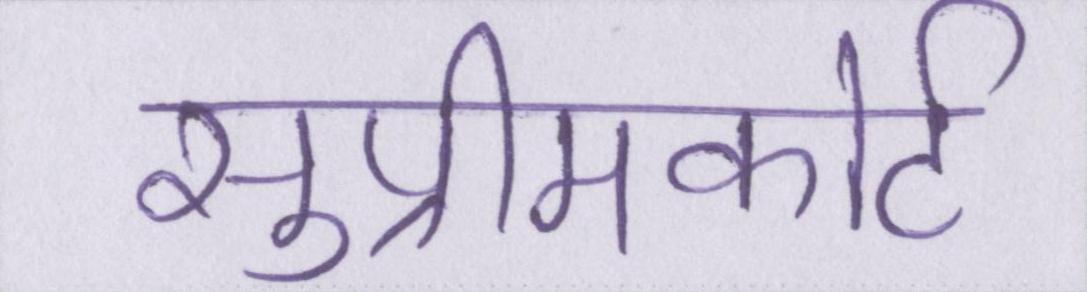
सुप्रीमकोर्ट